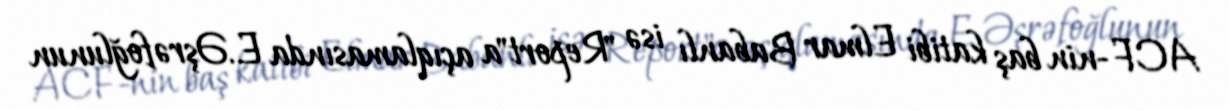
ACF-nin baş katibi Elmar Babanlı isə "Report"a açıqlamasında E.Əşrəfoğlunun